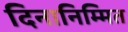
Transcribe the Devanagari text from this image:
दिनानिम्मित